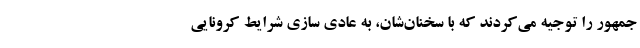
جمهور را توجیه می‌کردند که با سخنان‌شان، به عادی سازی شرایط کرونایی